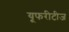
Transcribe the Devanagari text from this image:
यूफरीटीज